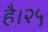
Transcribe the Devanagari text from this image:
है।२५